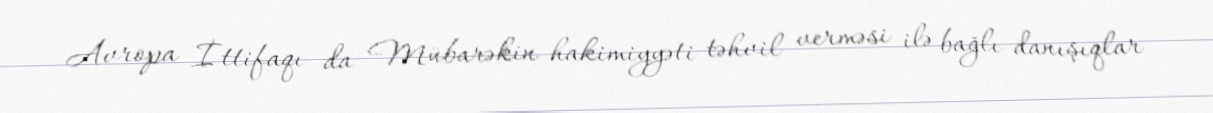
Avropa İttifaqı da Mübarəkin hakimiyyəti təhvil verməsi ilə bağlı danışıqlar